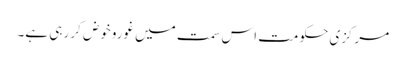
مرکزی حکومت اس سمت میں غوروخوض کر رہی ہے۔